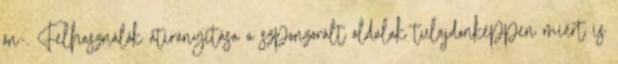
ön-. Felhasználók átirányítása a szponzorált oldalak tulajdonképpen miért is